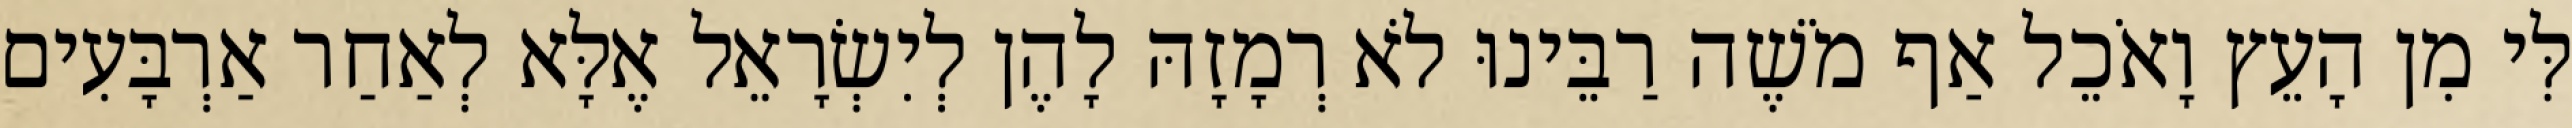
לִּי מִן הָעֵץ וָאֹכֵל אַף מֹשֶׁה רַבֵּינוּ לֹא רְמָזָהּ לָהֶן לְיִשְׂרָאֵל אֶלָּא לְאַחַר אַרְבָּעִים